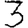
Digit: 3